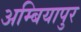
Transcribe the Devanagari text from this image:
अम्बियापुर